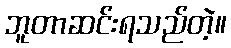
ဘူတာဆင်းရသည်တဲ့။